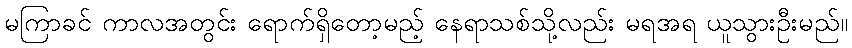
မကြာခင် ကာလအတွင်း ရောက်ရှိတော့မည့် နေရာသစ်သို့လည်း မရအရ ယူသွားဦးမည်။